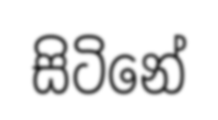
සිටිනේ